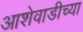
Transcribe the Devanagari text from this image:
आशेवाडीच्या